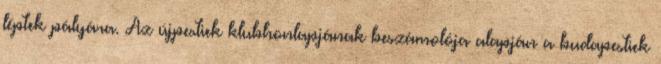
léptek pályára. Az újpestiek klubhonlapjának beszámolója alapján a budapestiek